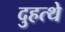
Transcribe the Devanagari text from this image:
दुहत्थे